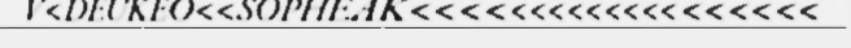
V<DEUKEO<<SOPHEAK<<<<<<<<<<<<<<<<<<<